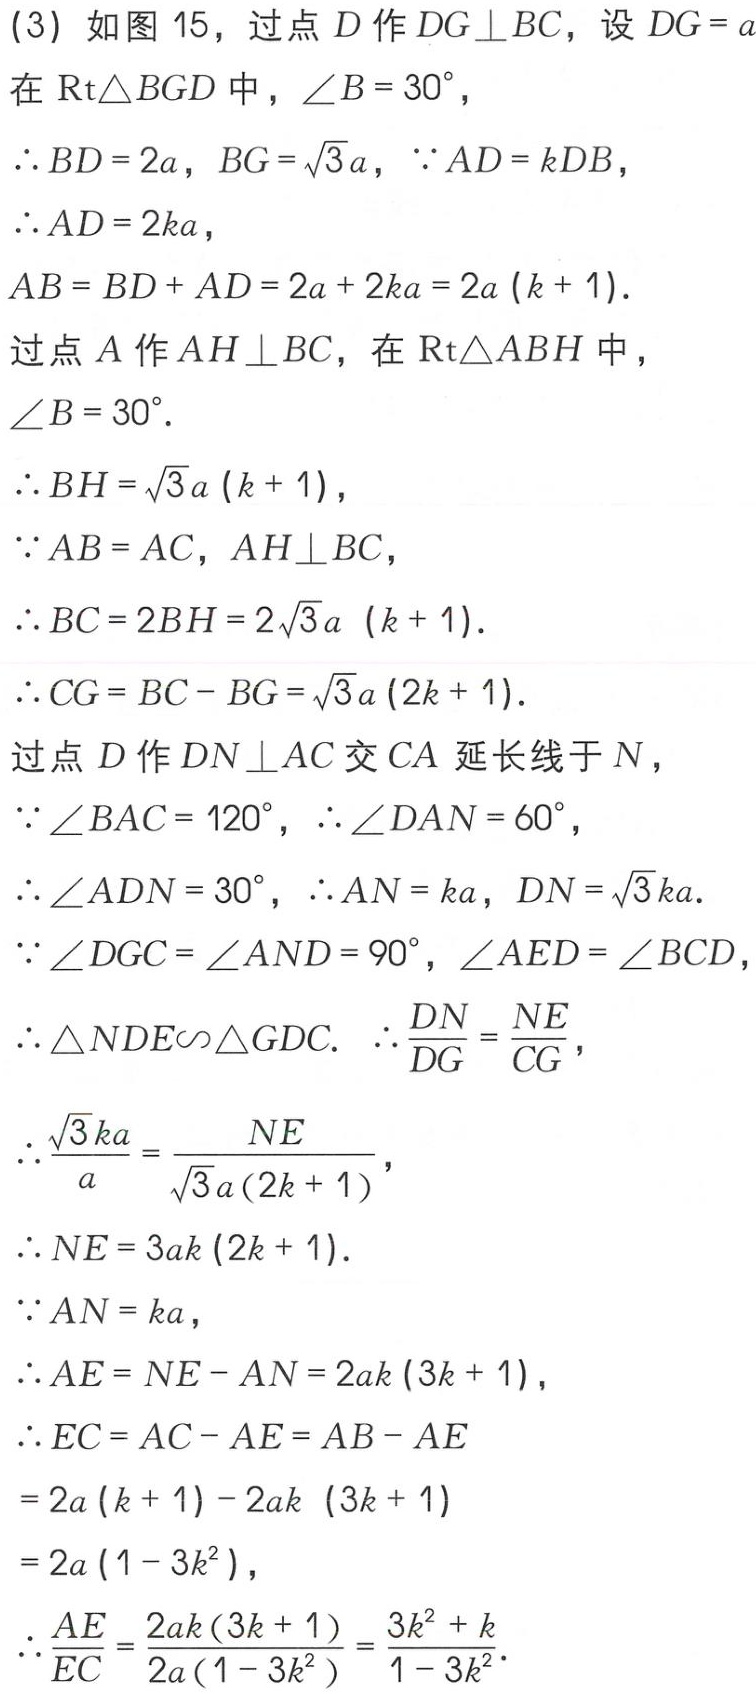
(3) 如图 15，过点 \(D\) 作 \(DG\perp BC\)，设 \(DG = a\)
在 \(\mathrm{Rt}\triangle BGD\) 中，\(\angle B = 30^{\circ}\)，
\(\therefore BD = 2a\)，\(BG=\sqrt{3}a\)，\(\because AD = kDB\)，
\(\therefore AD = 2ka\)，
\(AB = BD + AD=2a + 2ka = 2a(k + 1)\)．
过点 \(A\) 作 \(AH\perp BC\)，在 \(\mathrm{Rt}\triangle ABH\) 中，
\(\angle B = 30^{\circ}\)．
\(\therefore BH=\sqrt{3}a(k + 1)\)，
\(\because AB = AC\)，\(AH\perp BC\)，
\(\therefore BC = 2BH=2\sqrt{3}a(k + 1)\)．
\(\therefore CG = BC - BG=\sqrt{3}a(2k + 1)\)．
过点 \(D\) 作 \(DN\perp AC\) 交 \(CA\) 延长线于 \(N\)，
\(\because\angle BAC = 120^{\circ}\)，\(\therefore\angle DAN = 60^{\circ}\)，
\(\therefore\angle ADN = 30^{\circ}\)，\(\therefore AN = ka\)，\(DN=\sqrt{3}ka\)．
\(\because\angle DGC=\angle AND = 90^{\circ}\)，\(\angle AED=\angle BCD\)，
\(\therefore\triangle NDE\sim\triangle GDC\)．\(\therefore\frac{DN}{DG}=\frac{NE}{CG}\)，
\(\therefore\frac{\sqrt{3}ka}{a}=\frac{NE}{\sqrt{3}a(2k + 1)}\)，
\(\therefore NE = 3ak(2k + 1)\)．
\(\because AN = ka\)，
\(\therefore AE = NE - AN=2ak(3k + 1)\)，
\(\therefore EC = AC - AE=AB - AE\)
\(=2a(k + 1)-2ak(3k + 1)\)
\(=2a(1 - 3k^{2})\)，
\(\therefore\frac{AE}{EC}=\frac{2ak(3k + 1)}{2a(1 - 3k^{2})}=\frac{3k^{2}+k}{1 - 3k^{2}}\)．